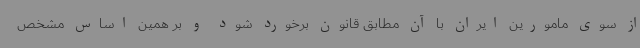
از سوی مامورین ایران با آن مطابق قانون برخورد شود و بر همین اساس مشخص